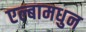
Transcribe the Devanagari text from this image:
एल्बामधुन